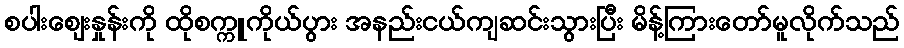
စပါးဈေးနှုန်းကို ထိုစက္ကူကိုယ်ပွား အနည်းငယ်ကျဆင်းသွားပြီး မိန့်ကြားတော်မူလိုက်သည်